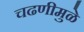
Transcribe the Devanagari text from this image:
चढणीमुळे